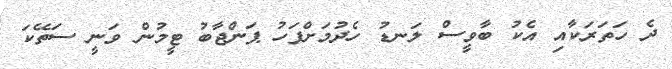
ދެ ހަތަރަކާއި އެކު ބާވީސް ލަނޑު ހެދުމަށްފަހު ޕަންޖާބު ޓީމުން ވަނީ ސަތޭކަ